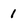
Character: 1